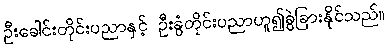
ဦးခေါင်းတိုင်းပညာနှင့် ဦးခွံတိုင်းပညာဟူ၍ခွဲခြားနိုင်သည်။